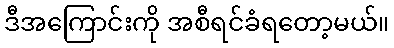
ဒီအကြောင်းကို အစီရင်ခံရတော့မယ်။